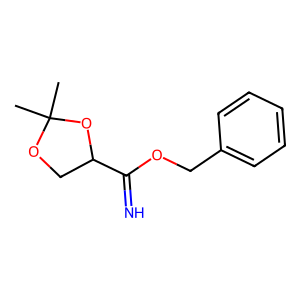
SMILES: CC1(C)OCC(C(=N)OCc2ccccc2)O1
Inhibits HIV replication: No